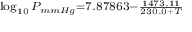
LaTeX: \scriptstyle \log _ { 1 0 } { P _ { m m H g } } = 7 . 8 7 8 6 3 - { \frac { 1 4 7 3 . 1 1 } { 2 3 0 . 0 + T } }